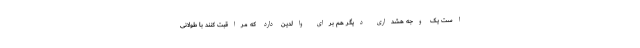
است یک وجه هشداری دیگر هم برای والدین دارد که مراقبت کنند با طولانی